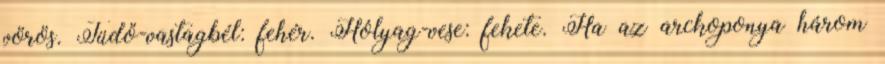
vörös. Tüdő-vastagbél: fehér. Hólyag-vese: fekete. Ha az arckoponya három